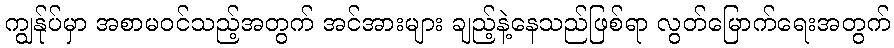
ကျွန်ုပ်မှာ အစာမဝင်သည့်အတွက် အင်အားများ ချည့်နဲ့နေသည်ဖြစ်ရာ လွတ်မြောက်ရေးအတွက်